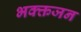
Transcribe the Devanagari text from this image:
भक्क्तजन